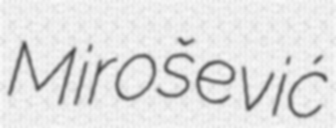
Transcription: Mirošević